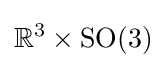
\mathbb {R} ^{3}\times \mathrm {SO} (3)